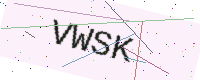
Text: VWSK